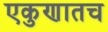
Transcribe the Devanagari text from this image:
एकुणातच